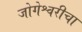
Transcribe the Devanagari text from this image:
जोगेश्वरीचा